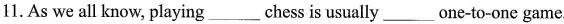
1.As we all know, playing___chess is usually___one-to-one game.